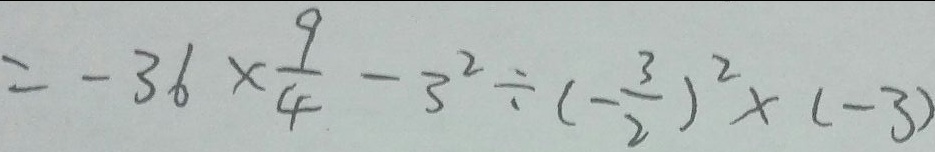
= - 3 6 \times \frac { 9 } { 4 } - 3 ^ { 2 } \div ( - \frac { 3 } { 2 } ) ^ { 2 } \times ( - 3 )